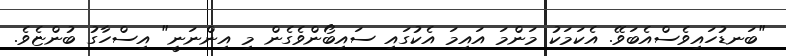
"ބަނޑުހައިވެސްއެބަވޭ. އެކަމަކު މަންމަ އައިމަ އެކުގައި ސައިބޯންވެގެން މި އިންނަނީ" އިސްހާގު ބުންޏެވެ.